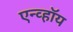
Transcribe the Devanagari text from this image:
एन्व्हॉय